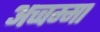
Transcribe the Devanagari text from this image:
अच्चम्मा